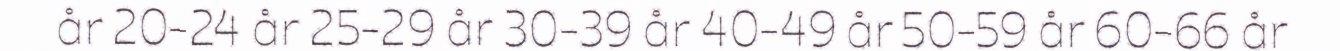
år 20-24 år 25-29 år 30-39 år 40-49 år 50-59 år 60-66 år